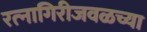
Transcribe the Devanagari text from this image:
रत्‍नागिरीजवळच्या